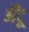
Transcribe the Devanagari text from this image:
अँटू